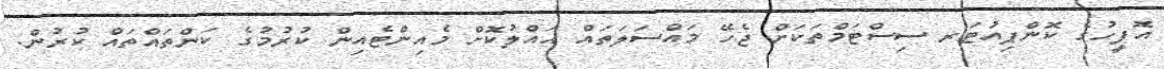
އޮފީހުގެ ކޮންޕިއުޓަރ ސިސްޓަމްތަކަށް ޖެހޭ މައްސަލަތައް ޙައްލުކޮށް މެއިންޓެއިން ކުރުމުގެ ކަންތައްތައް ކުރުން.